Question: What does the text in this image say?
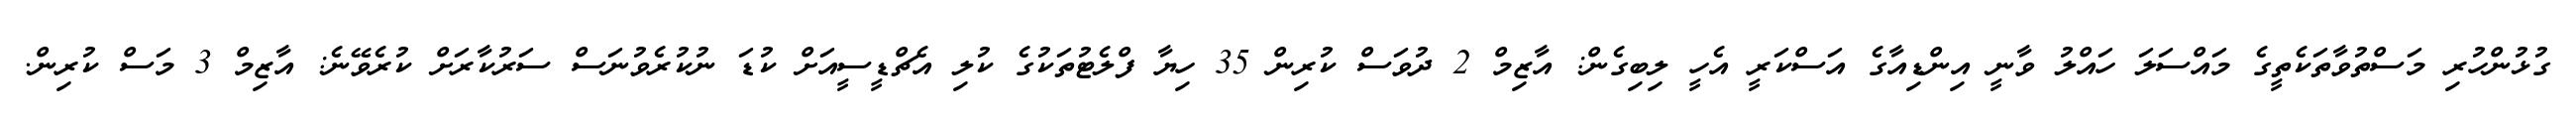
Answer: ގުޅުންހުރި މަސްތުވާތަކެތީގެ މައްސަލަ ހައްލު ވާނީ އިންޑިއާގެ އަސްކަރީ އެހީ ލިބިގެން: އާޒިމް 2 ދުވަސް ކުރިން 35 ހިޔާ ފްލެޓުތަކުގެ ކުލި އެޗްޑީސީއަށް ކުޑަ ނުކުރެވުނަސް ސަރުކާރަށް ކުރެވޭނެ: އާޒިމް 3 މަސް ކުރިން.